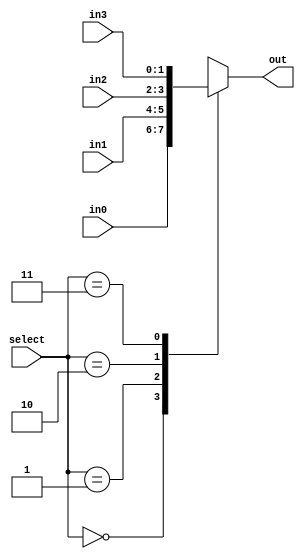
module mux_case(
                in0      , //input 
                in1      , //input
                in2      , //input
                in3      , //input
                select   , //select line
                out        //output
                )        ;

//port declaration

input [1:0]in0, in1, in2, in3  ;
input [1:0]select              ;
output reg [1:0]out            ;

always @ (select)                //execution of begin-end block whenever the value of select changes
   begin
      case (select)
         0  :  out = in0 ;       //for select = 00, output = in0   
         1  :  out = in1 ;       //for select = 01, output = in1 
         2  :  out = in2 ;       //for select = 10, output = in2 
         3  :  out = in3 ;       //for select = 11, output = in3 
  	   endcase
   end
  
endmodule // Mux